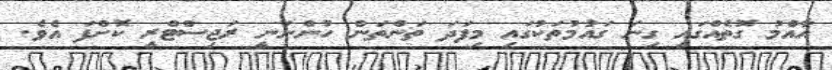
އާއްމު ގޮތެއްގައި ގިނަ ގައުމުތަކުގައި މިފަދަ ތަންތަން ހުންނަނީ ރަޖިސްޓްރީ ކޮށްފަ އެވެ.